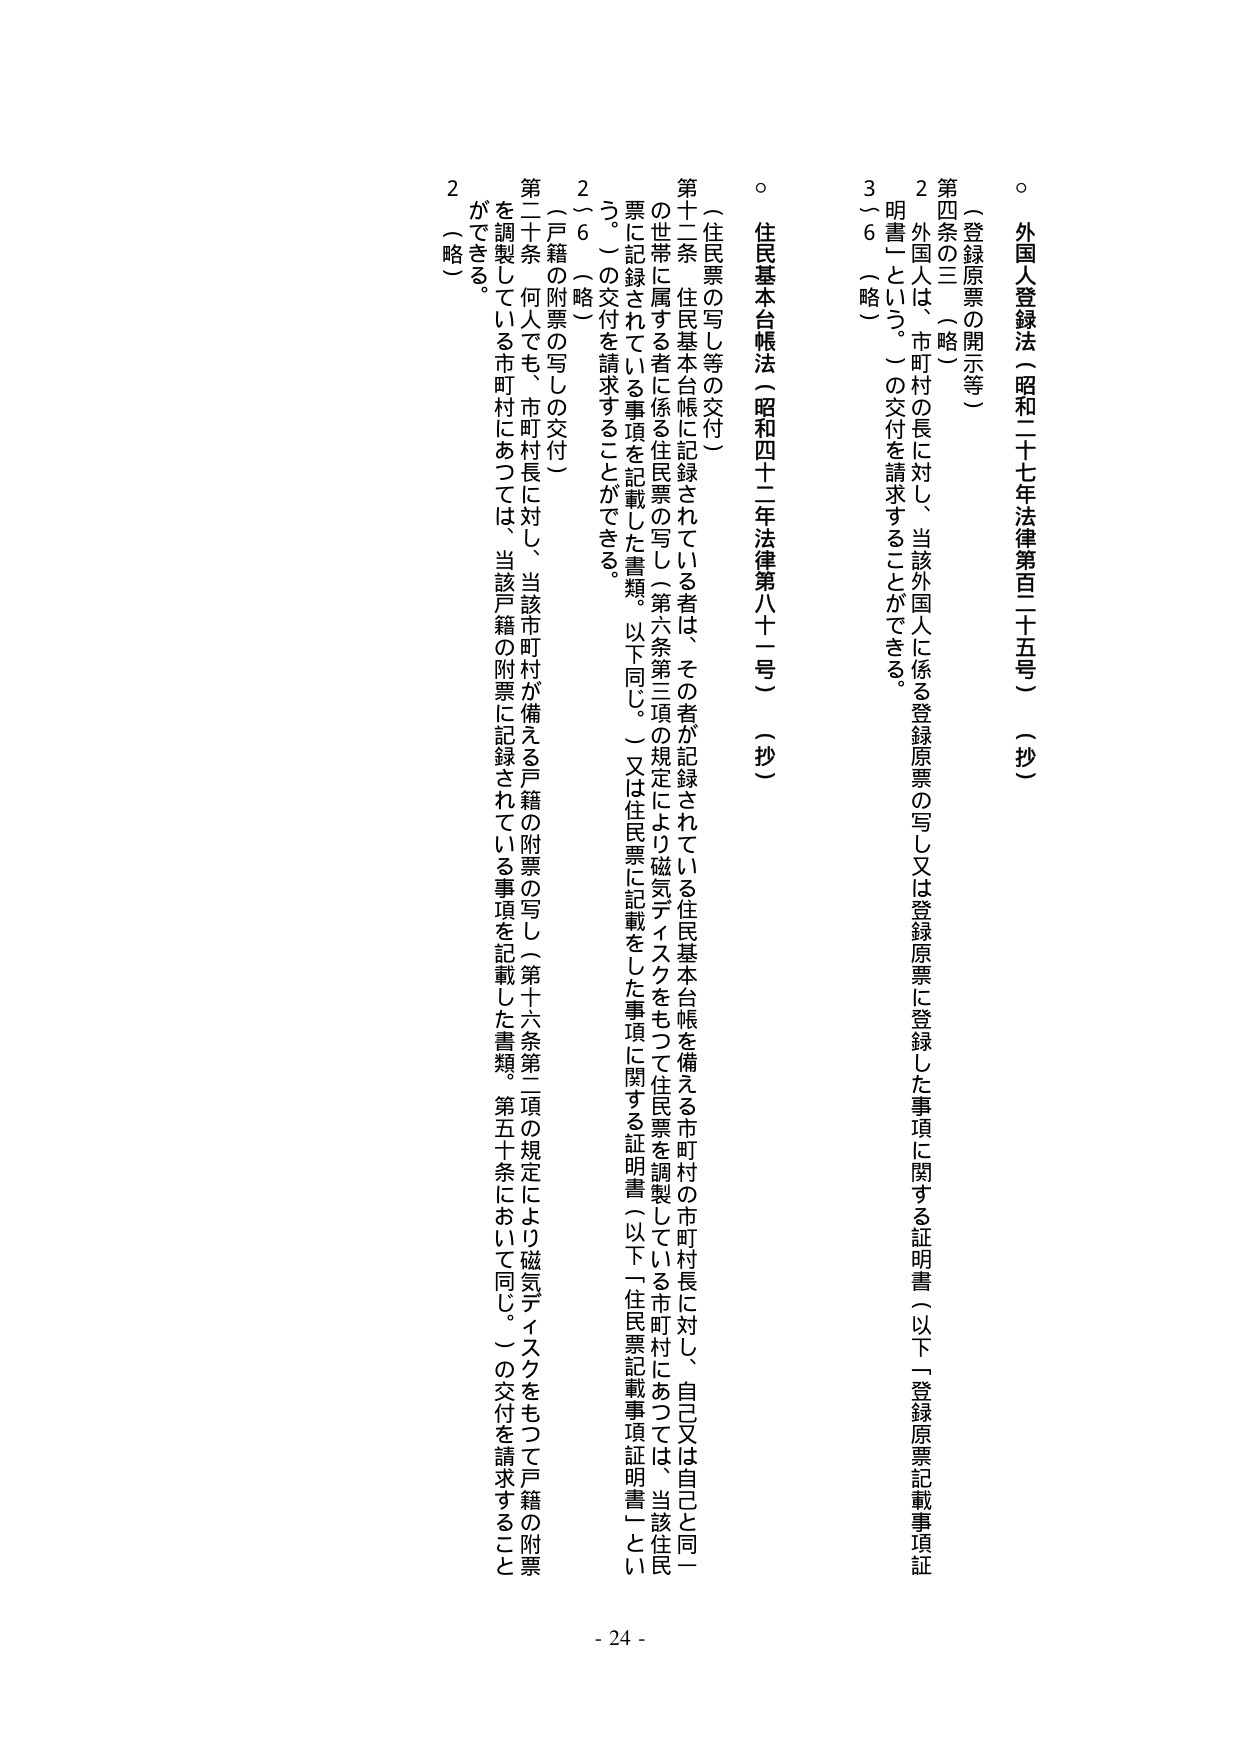
○ 外国人登録法（昭和二十七年法律第三百二十五号）（抄）

（登録原票の開示等）

第四条の三（略）

２ 外国人は、市町村の長に対し、当該外国人に係る登録原票の写し又は登録原票に記録した事項に関する証明書（以下「登録原票記載事項証明書」という。）の交付を請求することができる。

３～６（略）

○ 住民基本台帳法（昭和四十二年法律第八十一号）（抄）

（住民票の写し等の交付）

第十二条 住民基本台帳に記録されている者は、その者が記録されている住民基本台帳を備える市町村の市町村長に対し、自己又は自己と同一の世帯に属する者に係る住民票の写し（第六条第三項の規定により磁気ディスクをもつて住民票を調製している市町村にあつては、当該住民票に記録されている事項を記載した書類。以下同じ。）又は住民票に記載をした事項に関する証明書（以下「住民票記載事項証明書」という。）の交付を請求することができる。

２～６（略）

（戸籍の附票の写しの交付）

第二十条 何人でも、市町村長に対し、当該市町村が備える戸籍の附票の写し（第十六条第二項の規定により磁気ディスクをもつて戸籍の附票を調製している市町村にあつては、当該戸籍の附票に記録されている事項を記載した書類。第五十条において同じ。）の交付を請求することができる。

２（略）

- 24 -